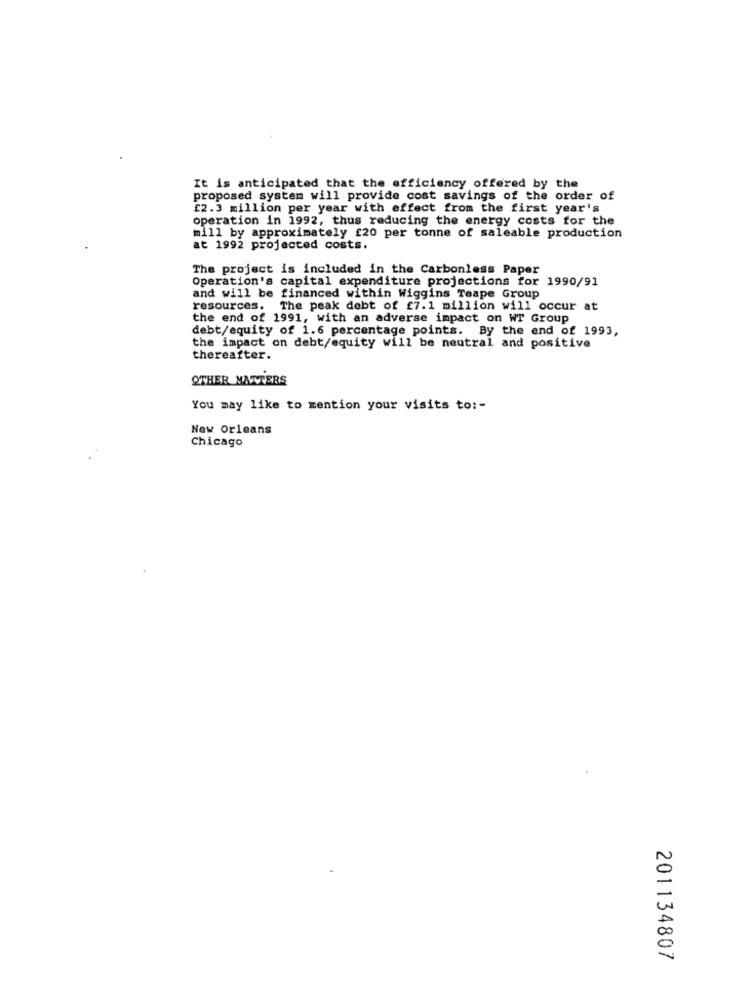
It is anticipated that the efficiency offered by the
proposed system will provide cost savings of the order of
£2.3 million per year with effect from the first year's
operation in 1992, thus reducing the energy costs for the
mill by approximately £20 per tonne of saleable production
at 1992 projected costs.
The project is included in the Carbonless Paper
Operation's capital expenditure projections for 1990/91
and will be financed within Wiggins Teape Group
resources. The peak debt of £7.1 million will occur at
the end of 1991, with an adverse impact on WT Group
debt/equity of 1.6 percentage points. By the end of 1993,
the impact on debt/equity will be neutral and positive
thereafter.
OTHER MATTERS
You may like to mention your visits to: -
New Orleans
Chicago
201134807